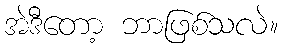
အဲဒီတော့ ဘာဖြစ်သလဲ။